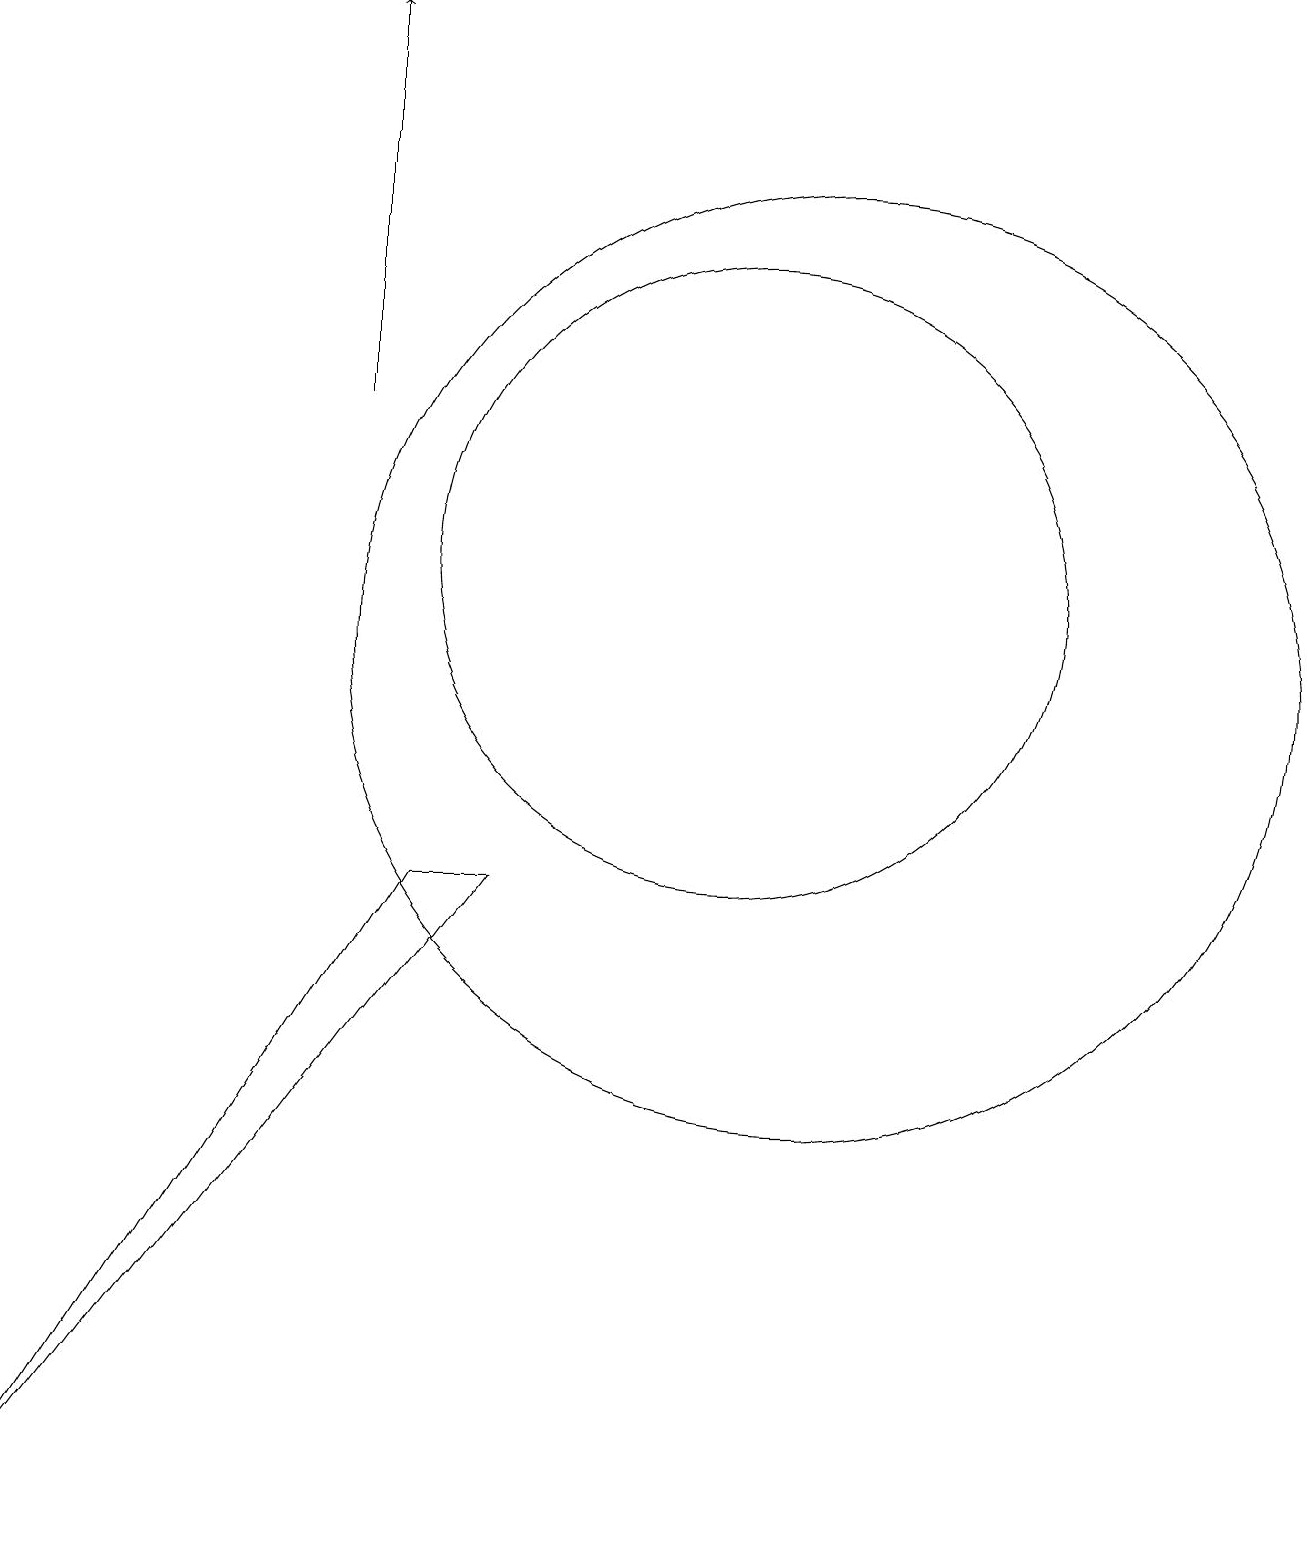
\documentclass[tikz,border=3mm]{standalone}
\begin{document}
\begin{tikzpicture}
\draw (12,11) circle (6);
\draw (2,0) -- (7,8) -- (8,8) -- cycle;
\draw (11,12) circle (4);
\draw[->] (6,14) -- (6,19);
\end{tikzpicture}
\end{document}